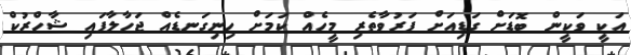
އަކީ ވަކީން ބޮޑަށް ގަޑިއަށް ފަރުވާތެރި މީހެއް ކަމަށް ހިނިގަނޑެއް ޖަހާލާފައި ޝާހްރުކް